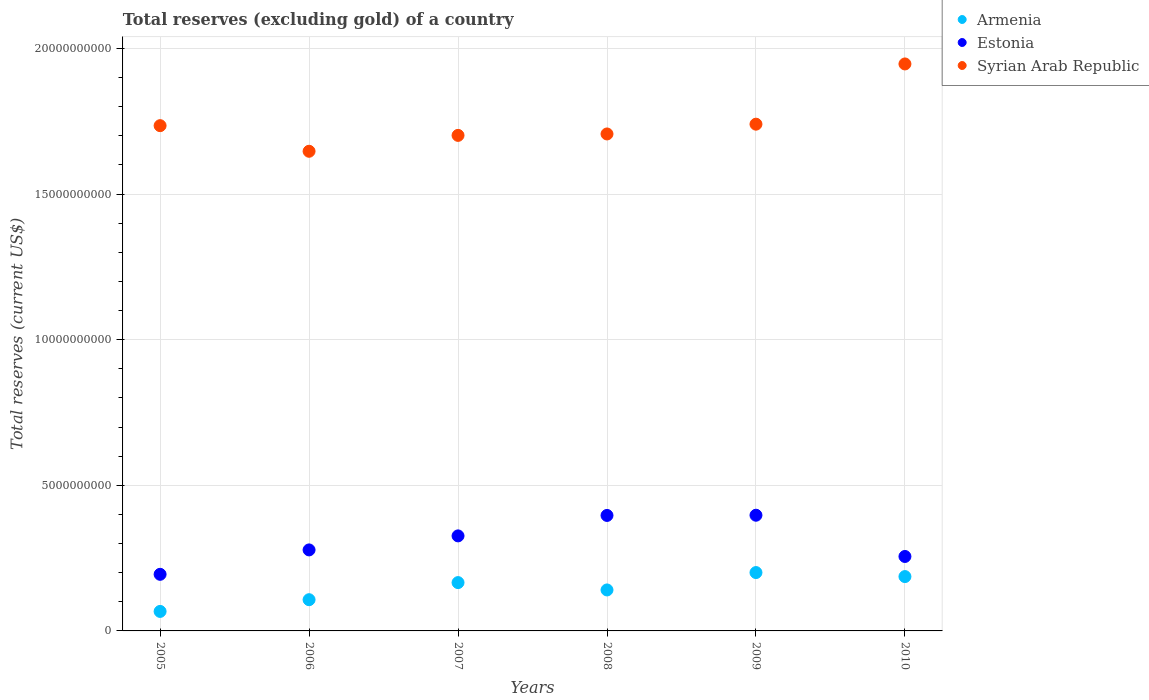
| Years | Armenia | Estonia | Syrian Arab Republic |
 | --- | --- | --- | --- |
 | 2005 | 6.69e+08 | 1.94e+09 | 1.73e+10 |
 | 2006 | 1.07e+09 | 2.78e+09 | 1.65e+10 |
 | 2007 | 1.66e+09 | 3.26e+09 | 1.7e+10 |
 | 2008 | 1.41e+09 | 3.96e+09 | 1.71e+10 |
 | 2009 | 2e+09 | 3.97e+09 | 1.74e+10 |
 | 2010 | 1.87e+09 | 2.56e+09 | 1.95e+10 |